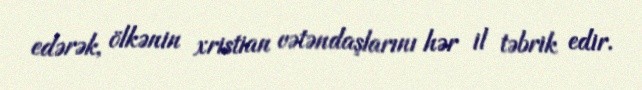
edərək, ölkənin xristian vətəndaşlarını hər il təbrik edir.